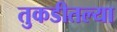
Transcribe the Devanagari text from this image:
तुकडीतल्या